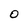
Character: O